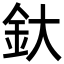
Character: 釱